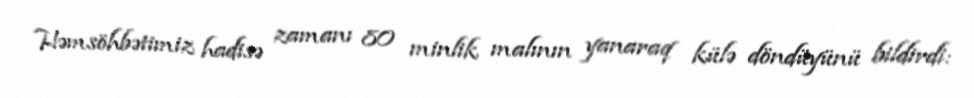
Həmsöhbətimiz hadisə zamanı 80 minlik malının yanaraq külə döndüyünü bildirdi: